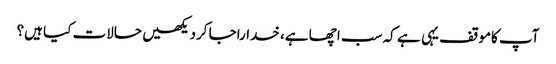
آپ کاموقف یہی ہے کہ سب اچھا ہے، خداراجا کردیکھیں حالات کیا ہیں؟